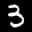
Label: 3